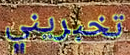
تخبريني